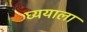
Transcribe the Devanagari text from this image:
घ्ययाला